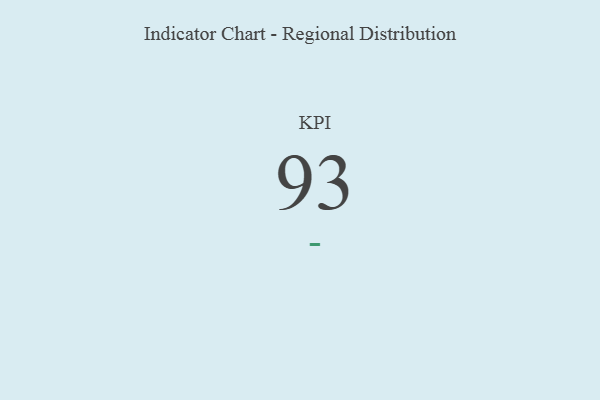
{"axis": {"x": "KPI", "y": "Value"}, "legend": [""], "data": [{"x": "KPI", "y": 93, "type": ""}]}